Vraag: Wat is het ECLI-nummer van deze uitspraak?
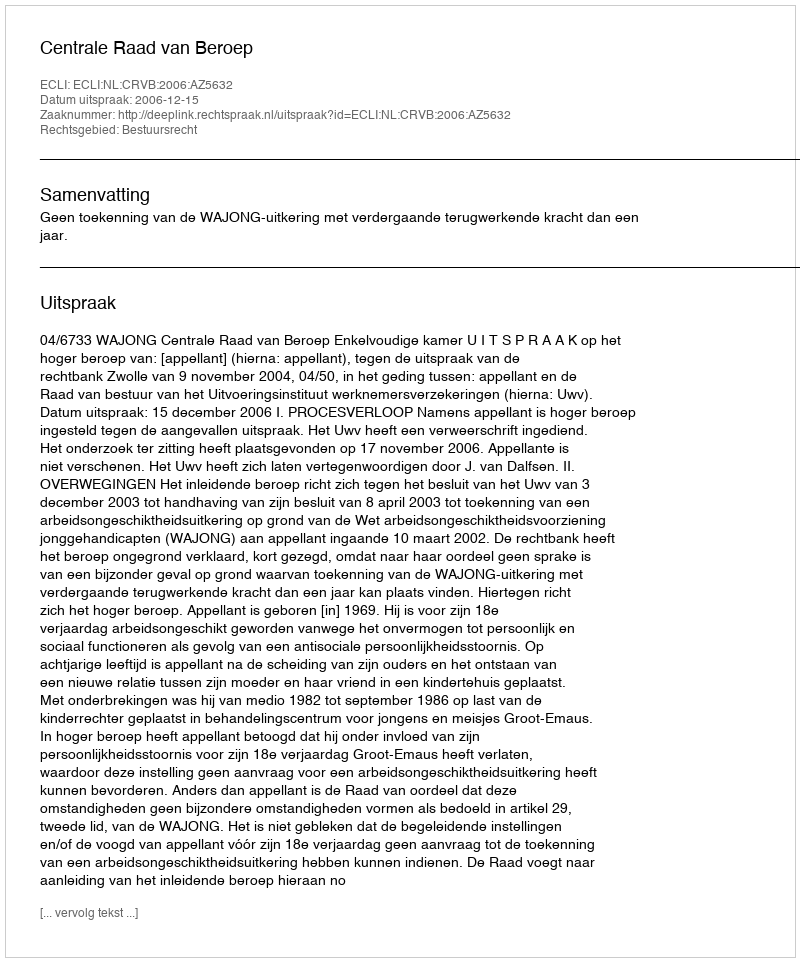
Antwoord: ECLI:NL:CRVB:2006:AZ5632